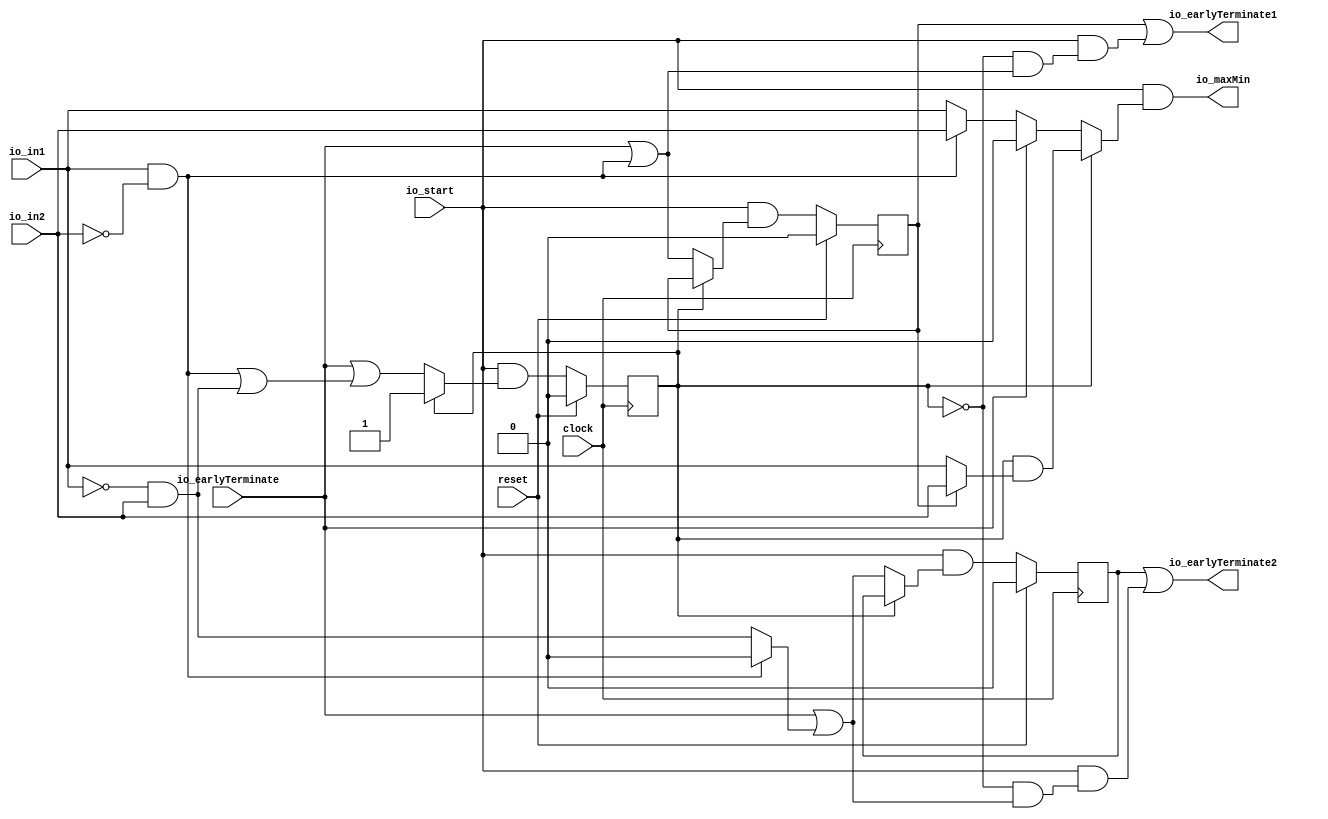
module OnlineComparator2_7(
  input   clock,
  input   reset,
  input   io_start,
  input   io_earlyTerminate,
  input   io_in1,
  input   io_in2,
  output  io_earlyTerminate1,
  output  io_earlyTerminate2,
  output  io_maxMin
);
  reg  state; // @[online_comparator2.scala 33:22]
  reg  earlyTerminate1; // @[online_comparator2.scala 36:32]
  reg  earlyTerminate2; // @[online_comparator2.scala 37:32]
  wire  _T_1 = ~state; // @[online_comparator2.scala 44:19]
  wire  _T_4 = ~reset; // @[online_comparator2.scala 51:19]
  wire  _T_7 = io_in1 & ~io_in2; // @[online_comparator2.scala 61:35]
  wire  _T_12 = ~io_in1 & io_in2; // @[online_comparator2.scala 92:35]
  wire  _GEN_4 = io_in1 & ~io_in2 ? 1'h0 : _T_12; // @[online_comparator2.scala 61:54 79:29]
  wire  _GEN_5 = io_in1 & ~io_in2 ? io_in2 : io_in1; // @[online_comparator2.scala 61:54 82:26]
  wire  _GEN_6 = io_in1 & ~io_in2 | _T_12; // @[online_comparator2.scala 61:54 90:17]
  wire  _GEN_7 = io_earlyTerminate | _T_7; // @[online_comparator2.scala 48:44 54:27]
  wire  _GEN_8 = io_earlyTerminate | _GEN_4; // @[online_comparator2.scala 48:44 56:27]
  wire  _GEN_9 = io_earlyTerminate | _GEN_6; // @[online_comparator2.scala 48:44 59:17]
  wire  _GEN_10 = io_earlyTerminate ? 1'h0 : _GEN_5; // @[online_comparator2.scala 48:44]
  wire  _GEN_11 = earlyTerminate1 ? io_in2 : io_in1; // @[online_comparator2.scala 141:42 142:24 144:24]
  wire  _GEN_13 = ~state ? _GEN_7 : earlyTerminate1; // @[online_comparator2.scala 44:19 36:32]
  wire  _GEN_14 = ~state & _GEN_7; // @[online_comparator2.scala 44:19]
  wire  _GEN_15 = ~state ? _GEN_8 : earlyTerminate2; // @[online_comparator2.scala 44:19 37:32]
  wire  _GEN_16 = ~state & _GEN_8; // @[online_comparator2.scala 44:19]
  wire  _GEN_17 = ~state ? _GEN_9 : state; // @[online_comparator2.scala 44:19 33:22]
  wire  _GEN_18 = ~state ? _GEN_10 : state & _GEN_11; // @[online_comparator2.scala 44:19]
  wire  _GEN_19 = io_start & _GEN_13; // @[online_comparator2.scala 151:21 42:29]
  wire  earlyTerminate1Shadow = io_start & _GEN_14; // @[online_comparator2.scala 154:27 42:29]
  wire  _GEN_21 = io_start & _GEN_15; // @[online_comparator2.scala 152:21 42:29]
  wire  earlyTerminate2Shadow = io_start & _GEN_16; // @[online_comparator2.scala 155:27 42:29]
  wire  _GEN_23 = io_start & _GEN_17; // @[online_comparator2.scala 150:11 42:29]
  wire  _GEN_25 = io_start & _T_1; // @[online_comparator2.scala 51:19]
  wire  _GEN_29 = _GEN_25 & ~io_earlyTerminate; // @[online_comparator2.scala 85:21]
  wire  _GEN_35 = _GEN_29 & ~_T_7; // @[online_comparator2.scala 113:21]
  assign io_earlyTerminate1 = earlyTerminate1 | earlyTerminate1Shadow; // @[online_comparator2.scala 163:41]
  assign io_earlyTerminate2 = earlyTerminate2 | earlyTerminate2Shadow; // @[online_comparator2.scala 164:41]
  assign io_maxMin = io_start & _GEN_18; // @[online_comparator2.scala 157:18 42:29]
  always @(posedge clock) begin
    if (reset) begin // @[online_comparator2.scala 33:22]
      state <= 1'h0; // @[online_comparator2.scala 33:22]
    end else begin
      state <= _GEN_23;
    end
    if (reset) begin // @[online_comparator2.scala 36:32]
      earlyTerminate1 <= 1'h0; // @[online_comparator2.scala 36:32]
    end else begin
      earlyTerminate1 <= _GEN_19;
    end
    if (reset) begin // @[online_comparator2.scala 37:32]
      earlyTerminate2 <= 1'h0; // @[online_comparator2.scala 37:32]
    end else begin
      earlyTerminate2 <= _GEN_21;
    end
    `ifndef SYNTHESIS
    `ifdef PRINTF_COND
      if (`PRINTF_COND) begin
    `endif
        if (io_start & _T_1 & io_earlyTerminate & ~reset) begin
          $fwrite(32'h80000002,"dbg, comparator debug: global earlyTerminate raised\n"); // @[online_comparator2.scala 51:19]
        end
    `ifdef PRINTF_COND
      end
    `endif
    `endif // SYNTHESIS
    `ifndef SYNTHESIS
    `ifdef PRINTF_COND
      if (`PRINTF_COND) begin
    `endif
        if (_GEN_25 & ~io_earlyTerminate & _T_7 & _T_4) begin
          $fwrite(32'h80000002,"dbg, comparator debug: earlyTerminate2 => true\n"); // @[online_comparator2.scala 85:21]
        end
    `ifdef PRINTF_COND
      end
    `endif
    `endif // SYNTHESIS
    `ifndef SYNTHESIS
    `ifdef PRINTF_COND
      if (`PRINTF_COND) begin
    `endif
        if (_GEN_29 & ~_T_7 & _T_12 & _T_4) begin
          $fwrite(32'h80000002,"dbg, comparator debug: earlyTerminate1 => true\n"); // @[online_comparator2.scala 113:21]
        end
    `ifdef PRINTF_COND
      end
    `endif
    `endif // SYNTHESIS
    `ifndef SYNTHESIS
    `ifdef PRINTF_COND
      if (`PRINTF_COND) begin
    `endif
        if (_GEN_35 & ~_T_12 & _T_4) begin
          $fwrite(32'h80000002,"dbg, comparator debug: both bits are equal\n"); // @[online_comparator2.scala 135:19]
        end
    `ifdef PRINTF_COND
      end
    `endif
    `endif // SYNTHESIS
  end
endmodule